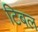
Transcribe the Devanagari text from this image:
टिबल